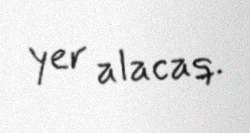
yer alacaq.